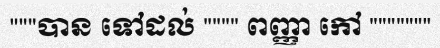
"""បាន ទៅដល់ """" ពញ្ញា កៅ """""""